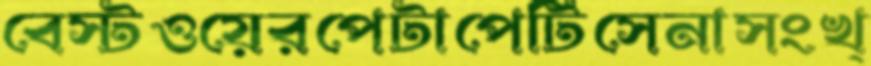
বেস্টওয়েরপেটাপেটিসেনাসংখ্